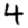
Digit: 4